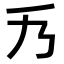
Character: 𠂍